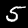
Label: 5